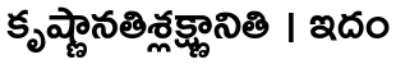
కృష్ణానతిశ్లక్ష్ణానితి । ఇదం